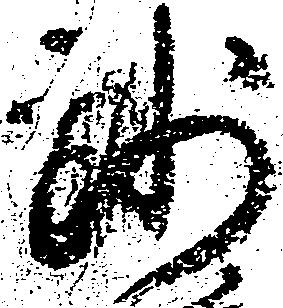
沙